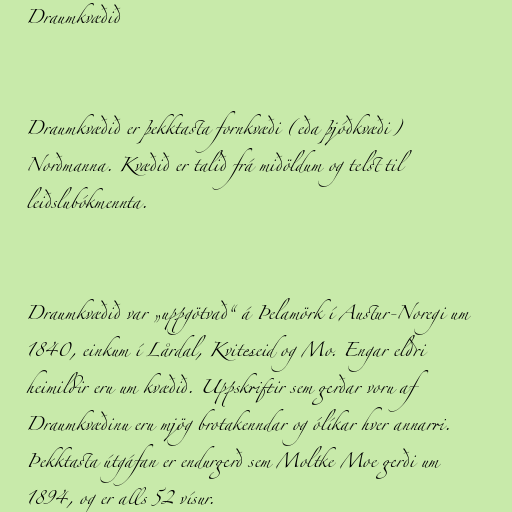
Draumkvæðið

Draumkvæðið er þekktasta fornkvæði (eða þjóðkvæði)
Norðmanna. Kvæðið er talið frá miðöldum og telst til
leiðslubókmennta.

Draumkvæðið var „uppgötvað“ á Þelamörk í Austur-Noregi um
1840, einkum í Lårdal, Kviteseid og Mo. Engar eldri
heimildir eru um kvæðið. Uppskriftir sem gerðar voru af
Draumkvæðinu eru mjög brotakenndar og ólíkar hver annarri.
Þekktasta útgáfan er endurgerð sem Moltke Moe gerði um
1894, og er alls 52 vísur.